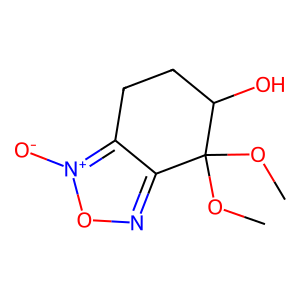
SMILES: COC1(OC)c2no[n+]([O-])c2CCC1O
Inhibits HIV replication: No